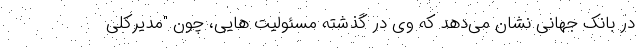
در بانک جهانی نشان می‌دهد که وی در گذشته مسئولیت هایی، چون "مدیرکلی